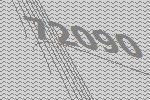
72090